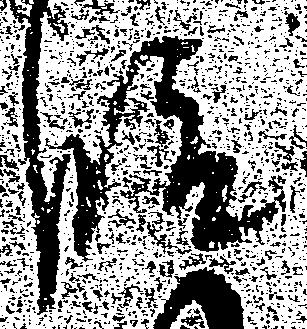
段